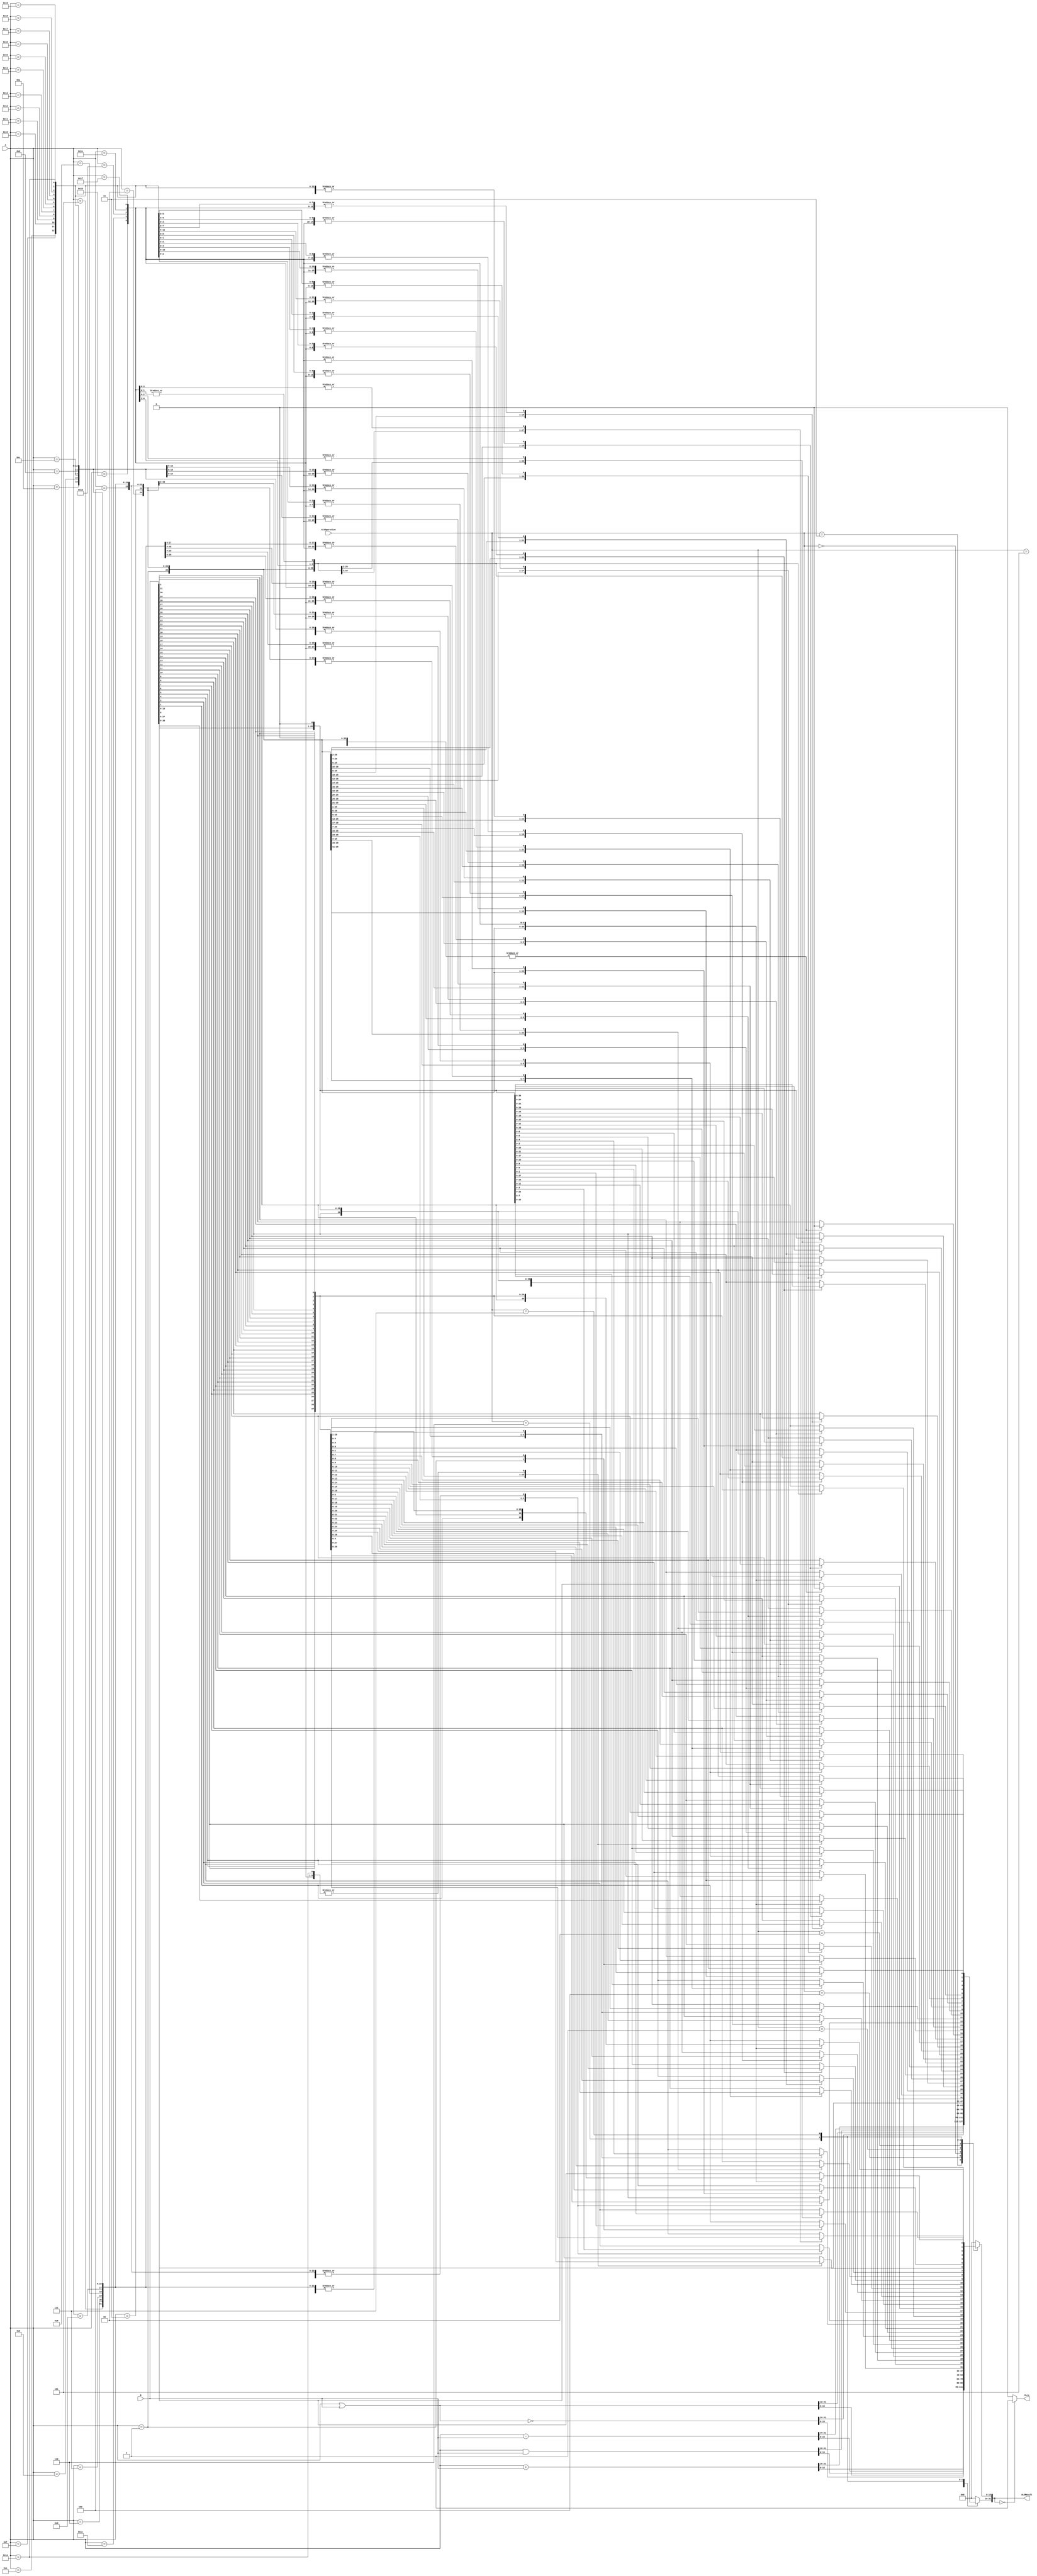
/******************************************************************
* Description
*	This is an 32-bit arithetic logic unit that can execute the next set of operations:
*		add
*		sub
*		or
*		and
*		nor
* This ALU is written by using behavioral description.
* Version:
*	1.0
* Author:
*	Dr. Jos Luis Pizano Escalante
* email:
*	luispizano@iteso.mx
* Date:
*	01/03/2014
******************************************************************/

module ALU 
(
	input [3:0] ALUOperation,
	input [31:0] A,
	input [31:0] B,
	output reg Zero,
	output reg [31:0]ALUResult
);

localparam AND = 4'b0000;
localparam OR  = 4'b0001;
localparam NOR = 4'b0010;
localparam ADD = 4'b0011;
localparam SUB = 4'b0100;
localparam LUI = 4'b0101;
localparam SLL = 4'b0110;
localparam SRL = 4'b0111;


   
   always @ (A or B or ALUOperation)
     begin
		case (ALUOperation)
		  ADD: // add
			ALUResult=A + B;
		  SUB: // sub
			ALUResult=A - B;
		  AND:
			ALUResult=A & B;
		  OR:
			ALUResult=A | B;
		  NOR:
			ALUResult= ~(A|B);
		  LUI:
		   begin
		   ALUResult[15:0] = 16'h0;
		   ALUResult[31:16] = B[15:0];
			end
		  SLL:
		   case (A)
				32'h00000000:
				 ALUResult = B;
				32'h00000001:
				 begin
				 ALUResult[31:1] = B[30:0];
				 ALUResult[0] = 0;
				 end
				32'h00000002:
				 begin
				 ALUResult[31:2] = B[29:0];
				 ALUResult[1:0] = 0;
				 end
				32'h00000003:
				 begin
				 ALUResult[31:3] = B[28:0];
				 ALUResult[2:0] = 0;
				 end
				32'h00000004:
				 begin
				 ALUResult[31:4] = B[27:0];
				 ALUResult[3:0] = 0;
				 end
				32'h00000005:
				 begin
				 ALUResult[31:5] = B[26:0];
				 ALUResult[4:0] = 0;
				 end
				32'h00000006:
				 begin
				 ALUResult[31:6] = B[25:0];
				 ALUResult[5:0] = 0;
				 end
				32'h00000007:
				 begin
				 ALUResult[31:7] = B[24:0];
				 ALUResult[6:0] = 0;
				 end
				32'h00000008:
				 begin
				 ALUResult[31:8] = B[23:0];
				 ALUResult[7:0] = 0;
				 end
				32'h00000009:
				 begin
				 ALUResult[31:9] = B[22:0];
				 ALUResult[8:0] = 0;
				 end
				32'h0000000a:
				 begin
				 ALUResult[31:10] = B[21:0];
				 ALUResult[9:0] = 0;
				 end
				32'h0000000b:
				 begin
				 ALUResult[31:11] = B[20:0];
				 ALUResult[10:0] = 0;
				 end
				32'h0000000c:
				 begin
				 ALUResult[31:12] = B[19:0];
				 ALUResult[11:0] = 0;
				 end
				32'h0000000d:
				 begin
				 ALUResult[31:13] = B[18:0];
				 ALUResult[12:0] = 0;
				 end
				32'h0000000e:
				 begin
				 ALUResult[31:14] = B[17:0];
				 ALUResult[13:0] = 0;
				 end
				32'h0000000f:
				 begin
				 ALUResult[31:15] = B[16:0];
				 ALUResult[14:0] = 0;
				 end
				32'h00000010:
				 begin
				 ALUResult[31:16] = B[15:0];
				 ALUResult[15:0] = 0;
				 end
				32'h00000011:
				 begin
				 ALUResult[31:17] = B[14:0];
				 ALUResult[16:0] = 0;
				 end
				32'h00000012:
				 begin
				 ALUResult[31:18] = B[13:0];
				 ALUResult[17:0] = 0;
				 end
				32'h00000013:
				 begin
				 ALUResult[31:19] = B[12:0];
				 ALUResult[18:0] = 0;
				 end
				32'h00000014:
				 begin
				 ALUResult[31:20] = B[11:0];
				 ALUResult[19:0] = 0;
				 end
				32'h00000015:
				 begin
				 ALUResult[31:21] = B[10:0];
				 ALUResult[20:0] = 0;
				 end
				32'h00000016:
				 begin
				 ALUResult[31:22] = B[9:0];
				 ALUResult[21:0] = 0;
				 end
				32'h00000017:
				 begin
				 ALUResult[31:23] = B[8:0];
				 ALUResult[22:0] = 0;
				 end
				32'h00000018:
				 begin
				 ALUResult[31:24] = B[7:0];
				 ALUResult[23:0] = 0;
				 end
				32'h00000019:
				 begin
				 ALUResult[31:25] = B[6:0];
				 ALUResult[24:0] = 0;
				 end
				32'h0000001a:
				 begin
				 ALUResult[31:26] = B[5:0];
				 ALUResult[25:0] = 0;
				 end
				32'h0000001b:
				 begin
				 ALUResult[31:27] = B[4:0];
				 ALUResult[26:0] = 0;
				 end
				32'h0000001c:
				 begin
				 ALUResult[31:28] = B[3:0];
				 ALUResult[27:0] = 0;
				 end
				32'h0000001d:
				 begin
				 ALUResult[31:29] = B[2:0];
				 ALUResult[28:0] = 0;
				 end
				32'h0000001e:
				 begin
				 ALUResult[31:30] = B[1:0];
				 ALUResult[29:0] = 0;
				 end
				32'h0000001f:
				begin
				 ALUResult[31] = B[0];
				 ALUResult[30:0] = 0;
				 end
			default:
				ALUResult = B;
			endcase
			
			SRL:
		   case (A)
				32'h00000000:
				 ALUResult = B;
				32'h00000001:
				 begin
				 ALUResult[30:0] = B[31:1];
				 ALUResult[31] = 0;
				 end
				32'h00000002:
				 begin
				 ALUResult[29:0] = B[31:2];
				 ALUResult[31:30] = 0;
				 end
				32'h00000003:
				 begin
				 ALUResult[28:0] = B[31:3];
				 ALUResult[31:29] = 0;
				 end
				32'h00000004:
				 begin
				 ALUResult[27:0] = B[31:4];
				 ALUResult[31:28] = 0;
				 end
				32'h00000005:
				 begin
				 ALUResult[26:0] = B[31:5];
				 ALUResult[31:27] = 0;
				 end
				32'h00000006:
				 begin
				 ALUResult[25:0] = B[31:6];
				 ALUResult[31:26] = 0;
				 end
				32'h00000007:
				 begin
				 ALUResult[24:0] = B[31:7];
				 ALUResult[31:25] = 0;
				 end
				32'h00000008:
				 begin
				 ALUResult[23:0] = B[31:8];
				 ALUResult[31:24] = 0;
				 end
				32'h00000009:
				 begin
				 ALUResult[22:0] = B[31:9];
				 ALUResult[31:23] = 0;
				 end
				32'h0000000a:
				 begin
				 ALUResult[21:0] = B[31:10];
				 ALUResult[31:22] = 0;
				 end
				32'h0000000b:
				 begin
				 ALUResult[20:0] = B[31:11];
				 ALUResult[31:21] = 0;
				 end
				32'h0000000c:
				 begin
				 ALUResult[19:0] = B[31:12];
				 ALUResult[31:20] = 0;
				 end
				32'h0000000d:
				 begin
				 ALUResult[18:0] = B[31:13];
				 ALUResult[31:19] = 0;
				 end
				32'h0000000e:
				 begin
				 ALUResult[17:0] = B[31:14];
				 ALUResult[31:18] = 0;
				 end
				32'h0000000f:
				 begin
				 ALUResult[16:0] = B[31:15];
				 ALUResult[31:17] = 0;
				 end
				32'h00000010:
				 begin
				 ALUResult[15:0] = B[31:16];
				 ALUResult[31:16] = 0;
				 end
				32'h00000011:
				 begin
				 ALUResult[14:0] = B[31:17];
				 ALUResult[31:15] = 0;
				 end
				32'h00000012:
				 begin
				 ALUResult[13:0] = B[31:18];
				 ALUResult[31:14] = 0;
				 end
				32'h00000013:
				 begin
				 ALUResult[12:0] = B[31:19];
				 ALUResult[31:13] = 0;
				 end
				32'h00000014:
				 begin
				 ALUResult[11:0] = B[31:20];
				 ALUResult[31:12] = 0;
				 end
				32'h00000015:
				 begin
				 ALUResult[10:0] = B[31:21];
				 ALUResult[31:11] = 0;
				 end
				32'h00000016:
				 begin
				 ALUResult[9:0] = B[31:22];
				 ALUResult[31:10] = 0;
				 end
				32'h00000017:
				 begin
				 ALUResult[8:0] = B[31:23];
				 ALUResult[31:9] = 0;
				 end
				32'h00000018:
				 begin
				 ALUResult[7:0] = B[31:24];
				 ALUResult[31:8] = 0;
				 end
				32'h00000019:
				 begin
				 ALUResult[6:0] = B[31:25];
				 ALUResult[31:7] = 0;
				 end
				32'h0000001a:
				 begin
				 ALUResult[5:0] = B[31:26];
				 ALUResult[31:6] = 0;
				 end
				32'h0000001b:
				 begin
				 ALUResult[4:0] = B[31:27];
				 ALUResult[31:5] = 0;
				 end
				32'h0000001c:
				 begin
				 ALUResult[3:0] = B[31:28];
				 ALUResult[31:4] = 0;
				 end
				32'h0000001d:
				 begin
				 ALUResult[2:0] = B[31:29];
				 ALUResult[31:3] = 0;
				 end
				32'h0000001e:
				 begin
				 ALUResult[1:0] = B[31:30];
				 ALUResult[31:2] = 0;
				 end
				32'h0000001f:
				begin
				 ALUResult[0] = B[31];
				 ALUResult[31:1] = 0;
				 end
			default:
				ALUResult = B;
			endcase
			
		default:
			ALUResult= 0;
		endcase // case(control)
		Zero = (ALUResult==0) ? 1'b1 : 1'b0;
     end // always @ (A or B or control)
endmodule // ALU